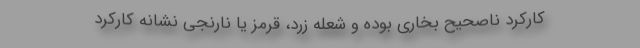
کارکرد ناصحیح بخاری بوده و شعله زرد، قرمز یا نارنجی نشانه کارکرد